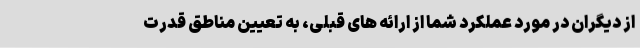
از دیگران در مورد عملکرد شما از ارائه های قبلی، به تعیین مناطق قدرت